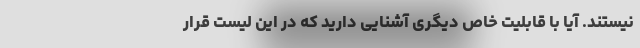
نیستند. آیا با قابلیت خاص دیگری آشنایی دارید که در این لیست قرار